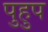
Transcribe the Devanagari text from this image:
पुहुप